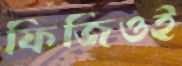
ফিজিওই